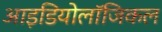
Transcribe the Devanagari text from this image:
आइडियोलॉजिकल